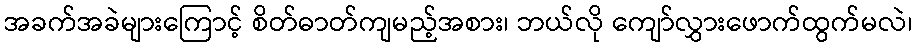
အခက်အခဲများကြောင့် စိတ်ဓာတ်ကျမည့်အစား၊ ဘယ်လို ကျော်လွှားဖောက်ထွက်မလဲ၊